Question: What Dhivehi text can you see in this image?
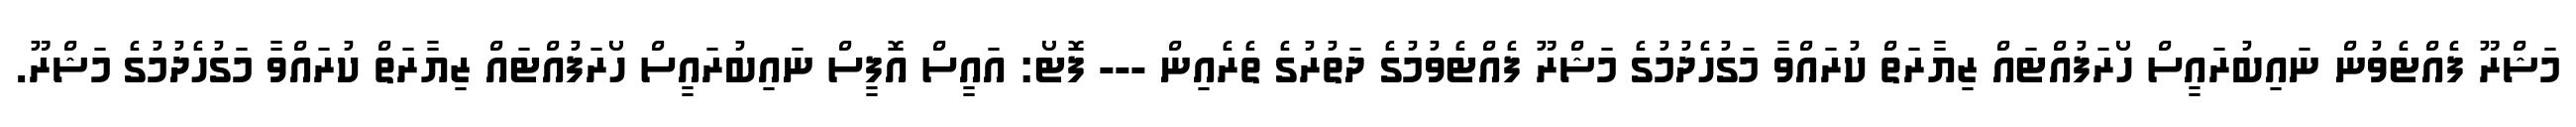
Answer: މަޝްރޫ ފެއްޓެވުން ނައިބުރައީސް ހޯރަފުއްޓައް ޒިޔާރަތް ކުރައްވާ މަގުހެދުމުގެ މަޝްރޫ ފެއްޓެވުމުގެ ދަތުރުގެ ތެރެއިން --- ފޮޓޯ: އައީސް އޮފީސް ނައިބުރައީސް ހޯރަފުއްޓައް ޒިޔާރަތް ކުރައްވާ މަގުހެދުމުގެ މަޝްރޫ.